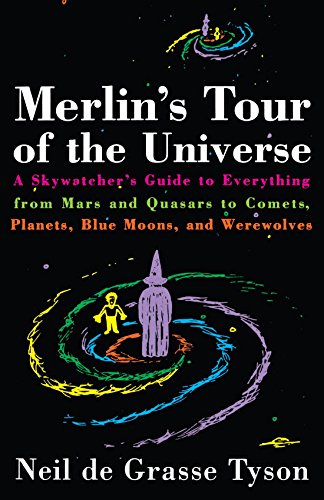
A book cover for Merlin's Tour of the Universe; Neil de Grasse Tyson; Science & Math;